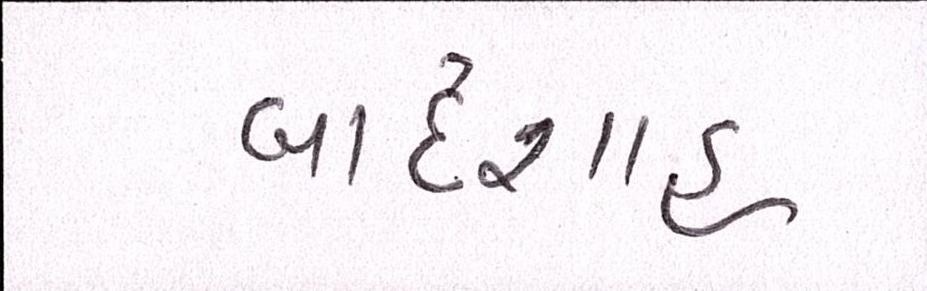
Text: બાદશાહ